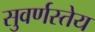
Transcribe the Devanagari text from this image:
सुवर्णस्तेय